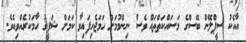
އާއެކު ސީޕްލޭން ބޭސްގެ މަސައްކަތްތައް ވެސް ނިންމުމަށް ހަމަޖެހިފައިވާ ކަމަށް ޝަފީޤު ހާމަކުރެއްވިއެވެ.